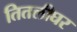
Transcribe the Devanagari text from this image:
तितलीघर